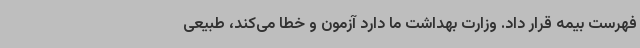
فهرست بیمه قرار داد. وزارت بهداشت ما دارد آزمون و خطا می‌کند، طبیعی